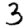
Digit: 3